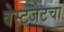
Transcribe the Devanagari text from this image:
वेस्टजेटचा